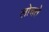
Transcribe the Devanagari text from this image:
लोचते